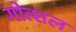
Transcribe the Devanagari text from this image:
गोत्शल